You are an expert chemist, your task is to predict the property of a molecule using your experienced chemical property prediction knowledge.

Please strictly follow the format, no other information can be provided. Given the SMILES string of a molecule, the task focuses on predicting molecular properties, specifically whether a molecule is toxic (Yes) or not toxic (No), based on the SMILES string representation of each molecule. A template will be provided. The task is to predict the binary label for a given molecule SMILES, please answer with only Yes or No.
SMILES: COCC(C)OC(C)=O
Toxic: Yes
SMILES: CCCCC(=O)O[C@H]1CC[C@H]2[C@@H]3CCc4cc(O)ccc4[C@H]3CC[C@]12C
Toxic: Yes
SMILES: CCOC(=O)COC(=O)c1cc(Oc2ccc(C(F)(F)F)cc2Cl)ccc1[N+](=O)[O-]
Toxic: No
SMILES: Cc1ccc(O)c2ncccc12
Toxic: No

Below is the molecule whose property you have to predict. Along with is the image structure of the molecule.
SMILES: Nc1ccc(Sc2ccc(N)cc2)cc1
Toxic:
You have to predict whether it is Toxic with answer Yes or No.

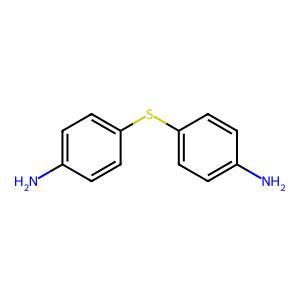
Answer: No